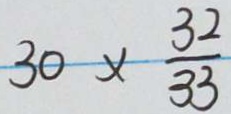
3 0 \times \frac { 3 2 } { 3 3 }